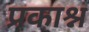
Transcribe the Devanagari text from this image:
प्रकाश्न